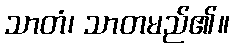
သာတံ၊ သာတမည်၏။